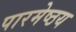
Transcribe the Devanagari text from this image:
पारमेष्ठय